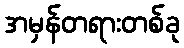
အမှန်တရားတစ်ခု